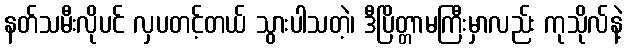
နတ်သမီးလိုပင် လှပတင့်တယ် သွားပါသတဲ့၊ ဒီပြိတ္တာမကြီးမှာလည်း ကုသိုလ်နဲ့